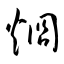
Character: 烱